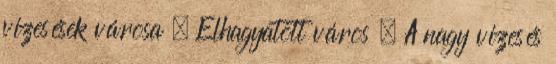
vízesések városa » Elhagyatott város » A nagy vízesés